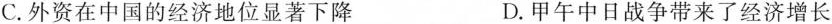
C.外资在中国的经济地位显著下降 D.甲午中日战争带来了经济增长